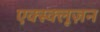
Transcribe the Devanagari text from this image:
एक्स्क्लूज़न